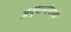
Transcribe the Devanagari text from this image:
अनुयायांसाठी